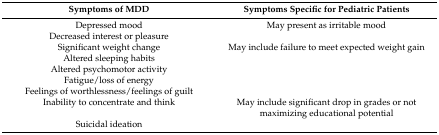
<table><thead><tr><td><b>Symptoms of MDD</b></td><td><b>Symptoms Specific for Pediatric Patients</b></td></tr></thead><tbody><tr><td>Depressed mood </td><td>May present as irritable mood</td></tr><tr><td>Decreased interest or pleasure</td><td></td></tr><tr><td>Significant weight change</td><td>May include failure to meet expected weight gain</td></tr><tr><td>Altered sleeping habits</td><td></td></tr><tr><td>Altered psychomotor activity</td><td></td></tr><tr><td>Fatigue/loss of energy</td><td></td></tr><tr><td>Feelings of worthlessness/feelings of guilt</td><td></td></tr><tr><td>Inability to concentrate and think</td><td>May include significant drop in grades or not maximizing educational potential</td></tr><tr><td>Suicidal ideation </td><td></td></tr></tbody></table>